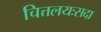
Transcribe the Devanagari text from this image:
चित्तलयःसदा